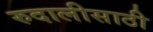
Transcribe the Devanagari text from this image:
रुदालीसाठी